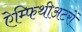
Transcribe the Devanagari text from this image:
ऐम्फिथीअटरों